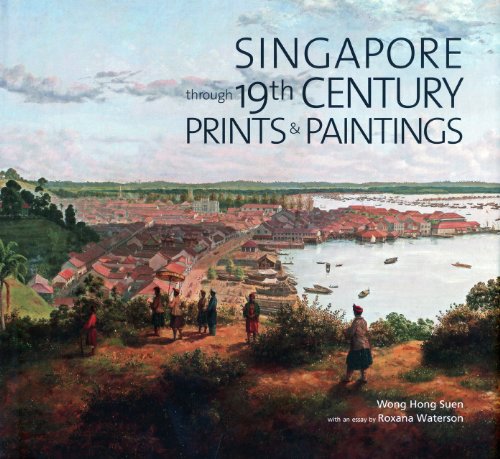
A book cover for Singapore through 19th Century Paintings and Prints; Roxana Waterson; Travel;